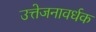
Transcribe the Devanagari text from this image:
उत्तेजनावर्धक